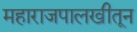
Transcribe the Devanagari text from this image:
महाराजपालखीतून